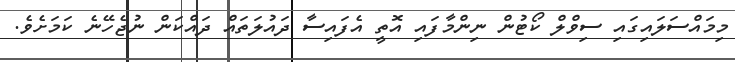
މިމައްސަލައިގައި ސިވްލް ކޯޓުން ނިންމާފައި އޮތީ އެފައިސާ ދައުލަތައް ދައްކަން ނުޖެހޭނެ ކަމަށެވެ.